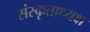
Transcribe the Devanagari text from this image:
संस्कृताध्यक्ष